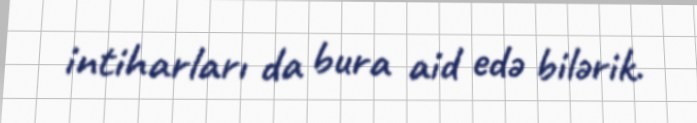
intiharları da bura aid edə bilərik.